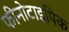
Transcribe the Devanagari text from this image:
फीनोटाइपिक